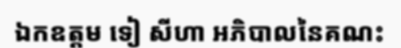
ឯកឧត្តម ទៀ សីហា អភិបាលនៃគណះ